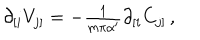
\partial _ { [ i } V _ { j ] } = - { \textstyle \frac { 1 } { m \pi \alpha ^ { \prime } } } \partial _ { [ i } C _ { j ] } \, ,